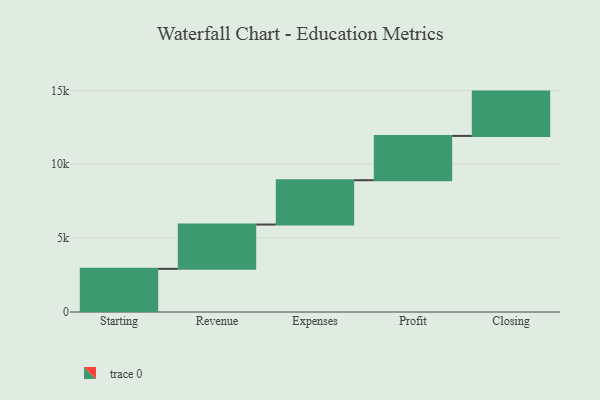
{"axis": {"x": "Step", "y": "Value"}, "legend": [""], "data": [{"x": "Starting", "y": 2921.0, "type": ""}, {"x": "Revenue", "y": 3000, "type": ""}, {"x": "Expenses", "y": 3000, "type": ""}, {"x": "Profit", "y": 3000, "type": ""}, {"x": "Closing", "y": 3000, "type": ""}]}